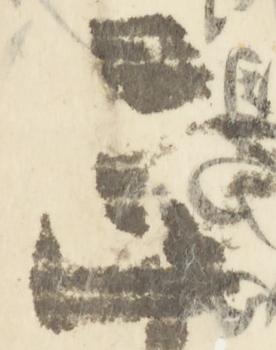
正